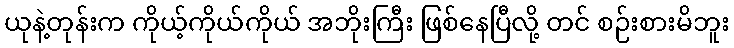
ယုနဲ့တုန်းက ကိုယ့်ကိုယ်ကိုယ် အဘိုးကြီး ဖြစ်နေပြီလို့ တင် စဉ်းစားမိဘူး